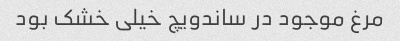
مرغ موجود در ساندویچ خیلی خشک بود